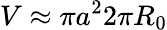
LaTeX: V\approx\pi a^{2}2\pi R_{0}